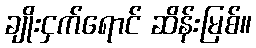
ချိုးငှက်ရောင် ဆိန်းမြစ်။